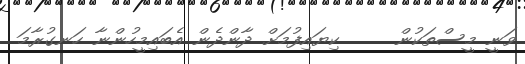
ވަނީ މީސްތަކުން     ކިޔައިފުމަށް ދާންދެން އެބައިމީހުންނާ ހަނގުރާމަ